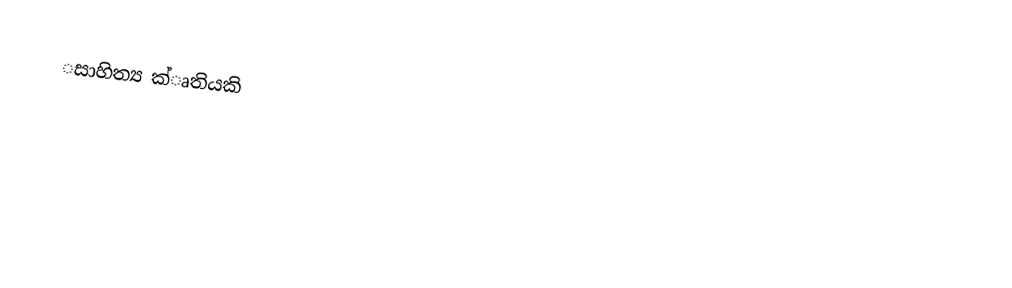
‌සාහිත්‍ය ක්ෘතියකි